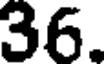
36.